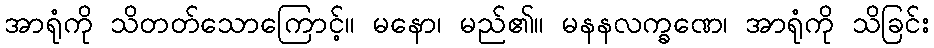
အာရုံကို သိတတ်သောကြောင့်။ မနော၊ မည်၏။ မနနလက္ခဏေ၊ အာရုံကို သိခြင်း